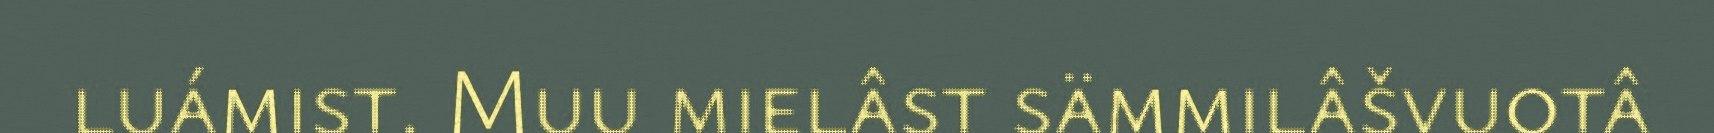
luámist. Muu mielâst sämmilâšvuotâ